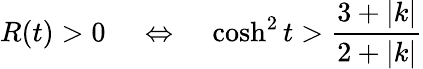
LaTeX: R(t)>0\; \; \; \; \Leftrightarrow\; \; \; \; \cosh^{2}t>\frac{3+|k|}{2+|k|}